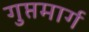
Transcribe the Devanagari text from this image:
गुप्तमार्ग